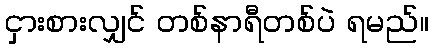
ငှားစားလျှင် တစ်နာရီတစ်ပဲ ရမည်။